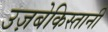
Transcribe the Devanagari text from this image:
उज़बेकिस्तानी